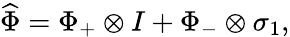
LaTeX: \widehat{\Phi}=\Phi_{+}\otimes I+\Phi_{-}\otimes\sigma_{1},